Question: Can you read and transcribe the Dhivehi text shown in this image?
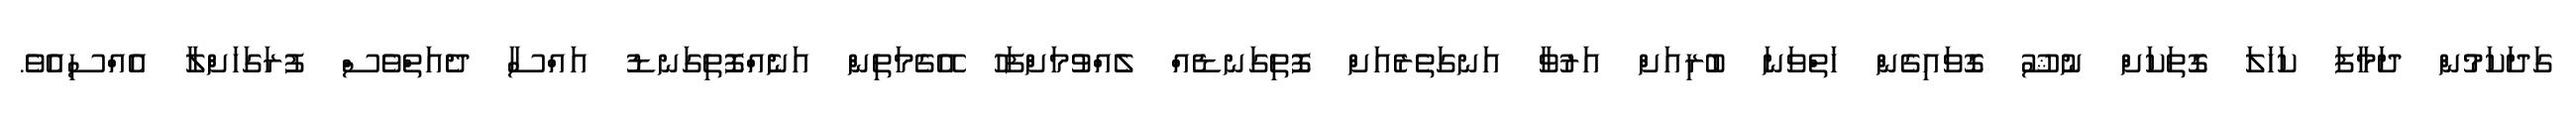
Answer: ގަދަކަމުން ދަމާފަ ކަހަލަ ގޮތަކަށް ނުޝޫ ގޮވައިގެން ހަތްވަނަ ބުރިއަށް އަރުވާ އަނގަތެރެއަށް ފޮތިގަނޑެއް ލެއްވުމަށްފަހު އޭގެމަތިން އަނެއްފޮތިގަނޑު އައްސާ ދެއަތްވެސް ފުރަގަހަށްލާ އެއްސިއެވެ.